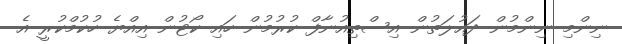
ނިންމި ނިންމުން ދައުލަތުން އިސްތިއުނާފް ކުރުމުން ހައި ކޯޓުން އިއްޔެ ހުކުމްކުރީ އެ